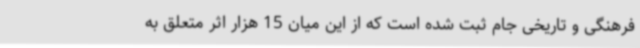
فرهنگی و تاریخی جام ثبت شده است که از این میان 15 هزار اثر متعلق به